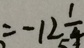
= - 1 2 \frac { 1 } { 4 }